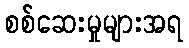
စစ်ဆေးမှုများအရ